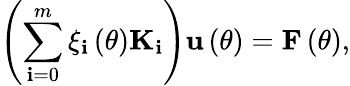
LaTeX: \left(\sum_{\mathbf{i}=0}^{m}\xi_{\mathbf{i}}\left(\theta\right){\mathbf{K}}_{\mathbf{i}}\right){\mathbf{u}}\left(\theta\right)={\mathbf{F}}\left(\theta\right),